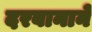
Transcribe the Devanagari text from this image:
दरबानाने